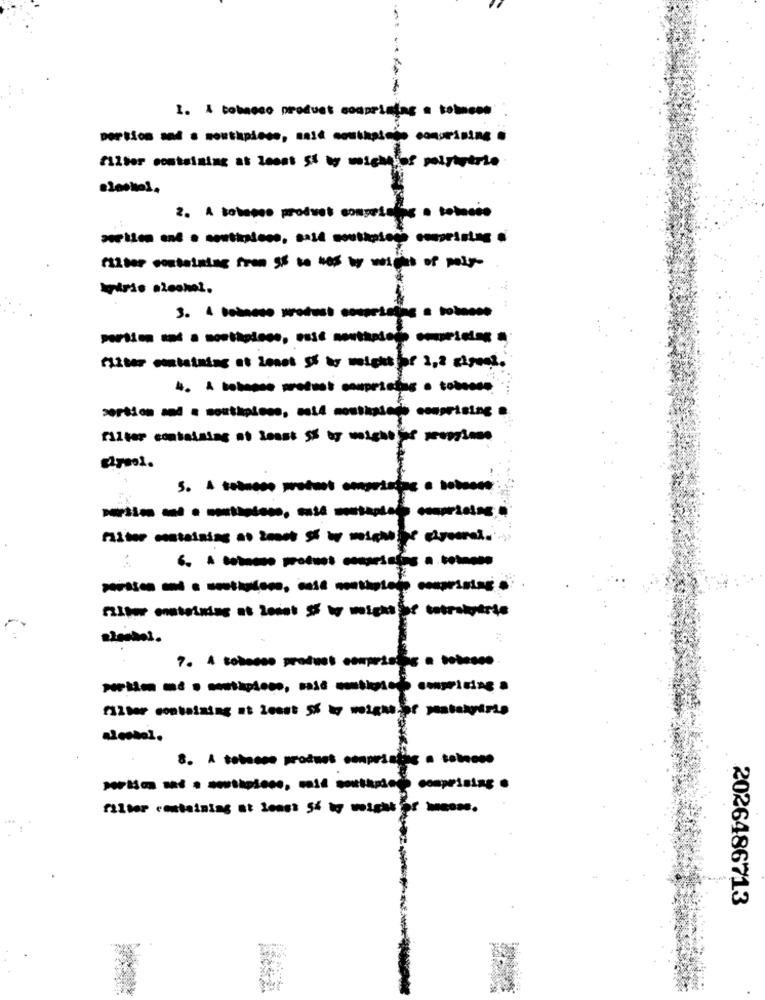
1. A tobacco product compristos = tobeon
filter containing at least 51 ly might of polytytrio
2. A tobanco produet competelos . tobacco
fizber containing fran sis so was by moldes of poly-
Spirio alcohol.
3. I boso motust comprising a boss
filter containing at Zonos Sf by weight pr 2,2 algoat.
filter containing at least 5% by weight of yeeninne
filter onatotwins at least if we might entrohärte
alcohol.
8. A tobacco product compristas a tobacco
filter containing at least 54 kg weight of home.
2026486713